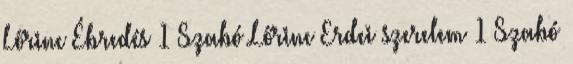
Lőrinc Ébredés 1 Szabó Lőrinc Erdei szerelem 1 Szabó